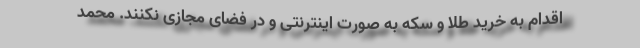
اقدام به خرید طلا و سکه به صورت اینترنتی و در فضای مجازی نکنند. محمد